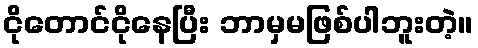
ငိုတောင်ငိုနေပြီး ဘာမှမဖြစ်ပါဘူးတဲ့။